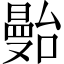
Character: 𱢶